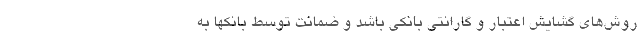
روش‌های گشایش اعتبار و گارانتی بانکی باشد و ضمانت توسط بانکها به